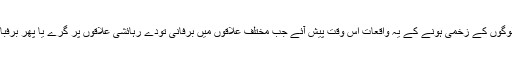
بدخشاں کے صوبائی گورنر کے ترجمان نے بتایا کہ اس صوبے میں شہری ہلاکتوں اور عام لوگوں کے زخمی ہونے کے یہ واقعات اس وقت پیش آئے جب مختلف علاقوں میں برفانی تودے رہائشی علاقوں پر گرے یا پھر برفباری کی وجہ سے کئی مکانوں کی چھتیں گر گئیں اور سڑکوں پر بہت سے حادثات بھی ہوئے۔